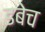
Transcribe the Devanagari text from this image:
डबेच